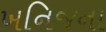
ખનિજના